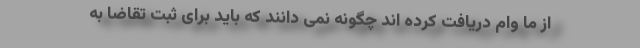
از ما وام دریافت کرده اند چگونه نمی دانند که باید برای ثبت تقاضا به